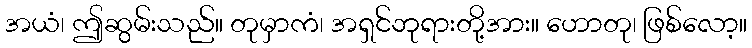
အယံ၊ ဤဆွမ်းသည်။ တုမှာကံ၊ အရှင်ဘုရားတို့အား။ ဟောတု၊ ဖြစ်လော့။